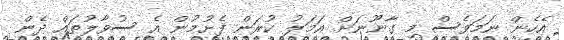
އެހެން ނަމަވެސް މި ގާނޫނަށް އަމަލު ކުރަން ފެށުމުން އެ ސުވާލުތައް ދެން